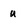
Character: u